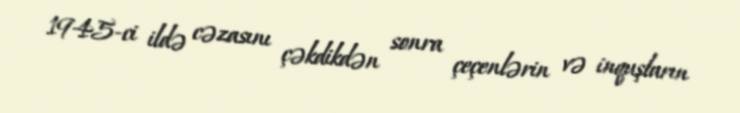
1945-ci ildə cəzasını çəkdikdən sonra çeçenlərin və inquşların